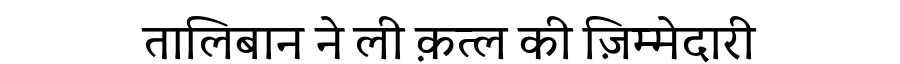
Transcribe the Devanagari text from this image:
तालिबान ने ली क़त्ल की ज़िम्मेदारी